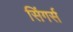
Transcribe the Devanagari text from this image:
सिंगर्स